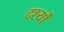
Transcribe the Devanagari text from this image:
दर्श्यों